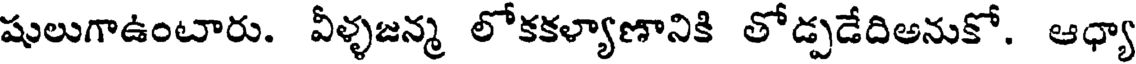
షులుగాఉంటారు. వీళ్ళజన్మ లోకకళ్యాణానికి తోడ్పడేదిఅనుకో. ఆధ్యా